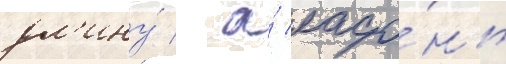
дл'ину́ / а́ ладо́нь